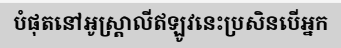
បំផុតនៅអូស្ត្រាលីឥឡូវនេះប្រសិនបើអ្នក